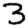
Digit: 3